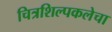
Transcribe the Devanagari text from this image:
चित्रशिल्पकलेचा